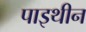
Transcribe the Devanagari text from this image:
पाइथीन